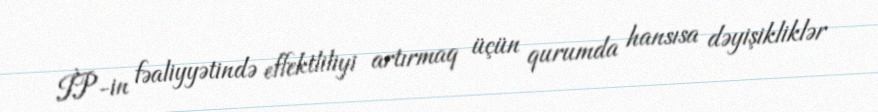
İP-in fəaliyyətində effektliliyi artırmaq üçün qurumda hansısa dəyişikliklər